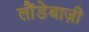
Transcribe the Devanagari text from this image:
लौंडेबाज़ी